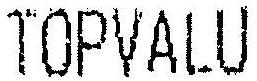
TOPVALU